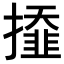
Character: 𢶍